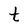
Character: t